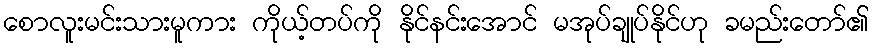
စောလူးမင်းသားမူကား ကိုယ့်တပ်ကို နိုင်နင်းအောင် မအုပ်ချုပ်နိုင်ဟု ခမည်းတော်၏